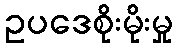
ဥပဒေစိုးမိုးမှု